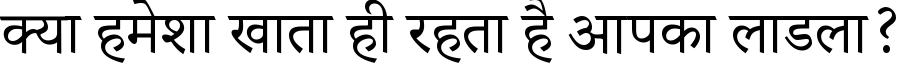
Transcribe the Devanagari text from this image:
क्या हमेशा खाता ही रहता है आपका लाडला?